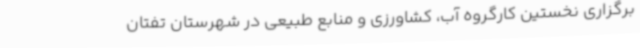
برگزاری نخستین کارگروه آب، کشاورزی و منابع طبیعی در شهرستان تفتان